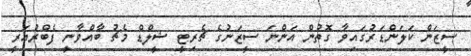
ސީޒަން ކަލަންޑަރުގައިވާ ގޮތުން އަންނަ ސީޒަނުގެ ޗެރިޓީ ޝީލްޑް މެޗު ބާއްވާނީ ފެބްރުއަރީ